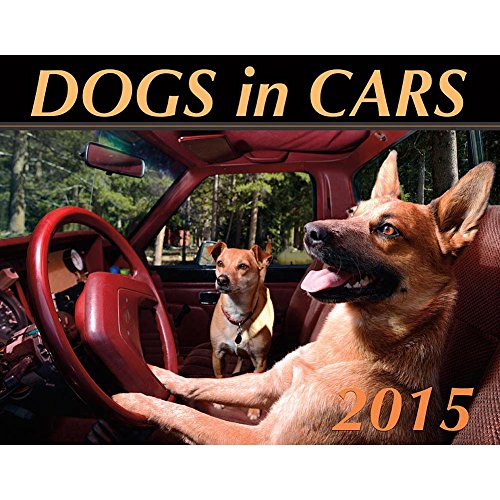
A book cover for The Official Dogs in Cars 2015 Wall Calendar; Lara Jo Regan; Calendars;